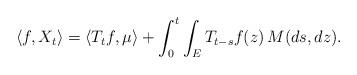
LaTeX: \begin{align*} \langle f,X_t\rangle=\langle T_tf,\mu\rangle+\int_0^t\int_E T_{t-s}f(z)\,M(ds,dz).\end{align*}